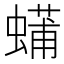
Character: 𮔴